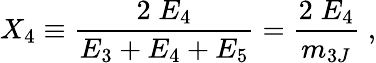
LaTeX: X_{4}\equiv\frac{2\; E_{4}}{E_{3}+E_{4}+E_{5}}=\frac{2\; E_{4}}{m_{3J}}\; ,